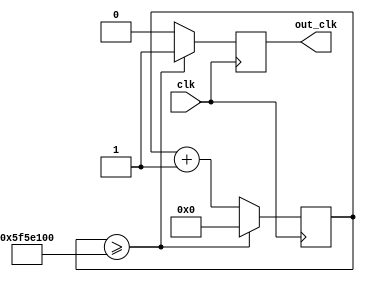
module my_clk(out_clk, clk);

output reg out_clk;
input clk;

reg[31:0] front = 0;
// Clocking operations
always @(posedge clk)
begin
	if (front >= 32'd100000000)
	begin
		front <= 32'd0;
		out_clk = 1'b1;
	end
	else
	begin
		front <= front + 1'b1;
		out_clk = 1'b0;
	end
end
endmodule